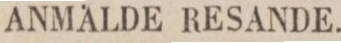
ANMÄLDE RESANDE.